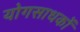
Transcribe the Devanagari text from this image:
योगसाधकों